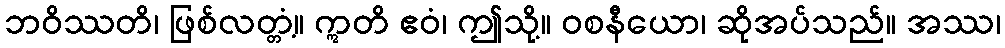
ဘဝိဿတိ၊ ဖြစ်လတ္တံ့။ ဣတိ ဧဝံ၊ ဤသို့။ ဝစနီယော၊ ဆိုအပ်သည်။ အဿ၊